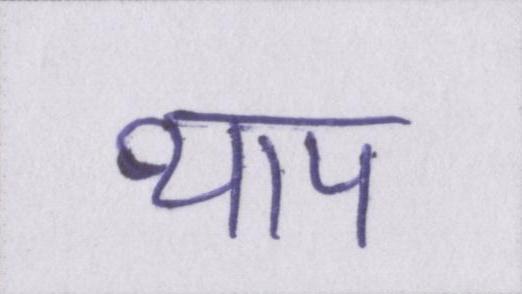
थाप